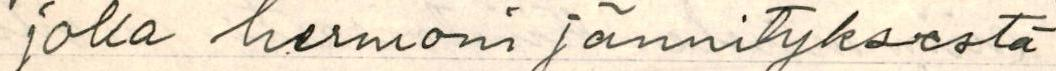
joka hermoni jännityksestä